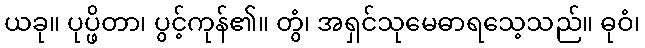
ယခု။ ပုပ္ဖိတာ၊ ပွင့်ကုန်၏။ တွံ၊ အရှင်သုမေဓာရသေ့သည်။ ဓုဝံ၊